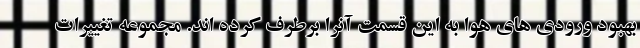
بهبود ورودی های هوا به این قسمت آنرا برطرف کرده اند. مجموعه تغییرات